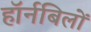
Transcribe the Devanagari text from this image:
हॉर्नबिलों